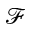
\mathcal { F }